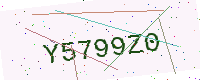
Text: Y5799Z0